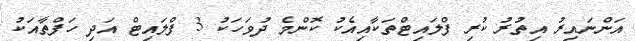
އަންނައިރު އިތުރު ކުރި ފްލައިޓްތަކާއިއެކު ކޮންމެ ދުވަހަކު 3 ފްލައިޓް އަދި ހަފްތާއަކު